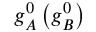
g _ { A } ^ { 0 } \left( g _ { B } ^ { 0 } \right)